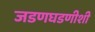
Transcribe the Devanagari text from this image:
जडणघडणीशी